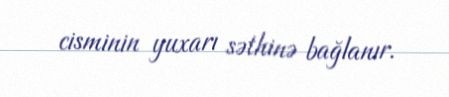
cisminin yuxarı səthinə bağlanır.